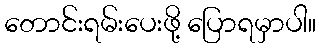
တောင်းရမ်းပေးဖို့ ပြောရမှာပါ။